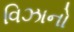
વિઝાનો